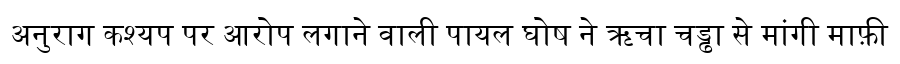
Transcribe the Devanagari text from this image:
अनुराग कश्यप पर आरोप लगाने वाली पायल घोष ने ऋचा चड्ढा से मांगी माफ़ी